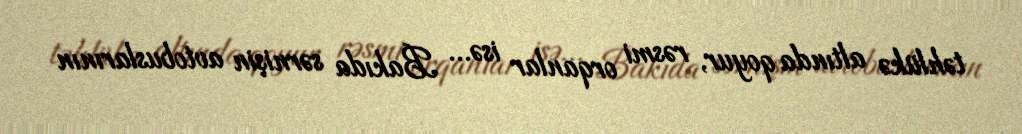
təhlükə altında qoyur, rəsmi orqanlar isə... Bakıda sərnişin avtobuslarının